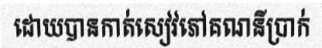
ដោយបានកាត់សៀវភៅគណនីប្រាក់